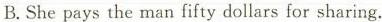
B.She pays the man fifty dollars for sharing.